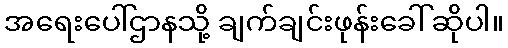
အရေးပေါ်ဌာနသို့ ချက်ချင်းဖုန်းခေါ်ဆိုပါ။